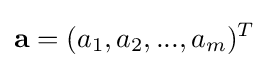
\mathbf {a} =(a_{1},a_{2},...,a_{m})^{T}